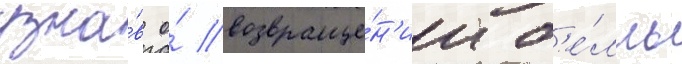
узна́в о́ возвраще́н'ии б'е́лль